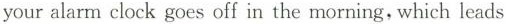
your alarm clock goes off in the morning, which leads